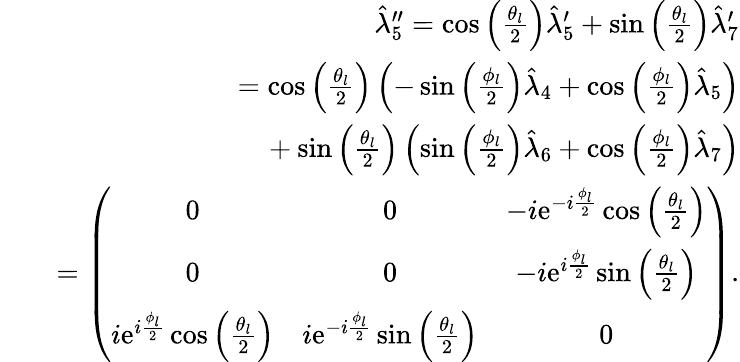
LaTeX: \begin{array}{rlr}&{}&{\hat{\lambda}_{5}^{\prime\prime}=\cos\left(\frac{\theta_{l}}{2}\right)\hat{\lambda}_{5}^{\prime}+\sin\left(\frac{\theta_{l}}{2}\right)\hat{\lambda}_{7}^{\prime}}\\ &{}&{=\cos\left(\frac{\theta_{l}}{2}\right)\left(-\sin\left(\frac{\phi_{l}}{2}\right)\hat{\lambda}_{4}+\cos\left(\frac{\phi_{l}}{2}\right)\hat{\lambda}_{5}\right)}\\ &{}&{\ \ +\sin\left(\frac{\theta_{l}}{2}\right)\left(\sin\left(\frac{\phi_{l}}{2}\right)\hat{\lambda}_{6}+\cos\left(\frac{\phi_{l}}{2}\right)\hat{\lambda}_{7}\right)}\\ &{}&{=\left(\begin{array}{ccc}{0}&{0}&{-i\mathrm{e}^{-i\frac{\phi_{l}}{2}}\cos\left(\frac{\theta_{l}}{2}\right)}\\ {0}&{0}&{-i\mathrm{e}^{i\frac{\phi_{l}}{2}}\sin\left(\frac{\theta_{l}}{2}\right)}\\ {i\mathrm{e}^{i\frac{\phi_{l}}{2}}\cos\left(\frac{\theta_{l}}{2}\right)}&{i\mathrm{e}^{-i\frac{\phi_{l}}{2}}\sin\left(\frac{\theta_{l}}{2}\right)}&{0}\end{array}\right).}\end{array}